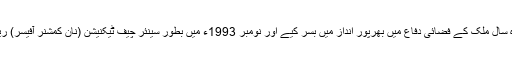
اپنی جوانی کے اٹھارہ سال ملک کے فضائی دفاع میں بھرپور انداز میں بسر کیے اور نومبر 1993ء میں بطور سینئر چیف ٹیکنیشن (نان کمشنر آفیسر) ریٹائر منٹ حاصل کی۔